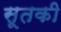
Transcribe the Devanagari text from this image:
सूतकी